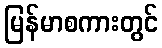
မြန်မာစကားတွင်